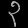
Digit: ၃